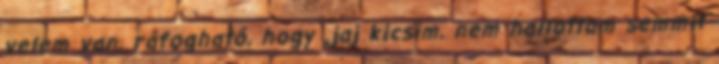
velem van, ráfogható, hogy „jaj kicsim, nem hallottam semmit